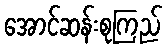
အောင်ဆန်းစုကြည်